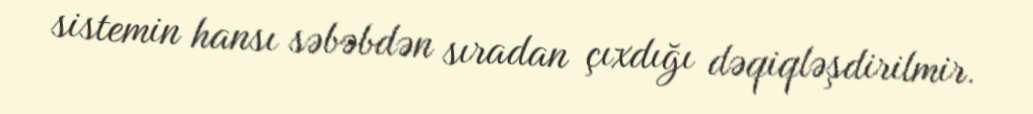
sistemin hansı səbəbdən sıradan çıxdığı dəqiqləşdirilmir.